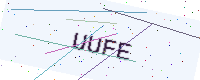
Text: UUFE